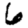
Digit: 6